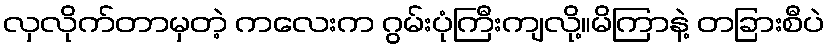
လှလိုက်တာမှတဲ့ ကလေးက ဂွမ်းပုံကြီးကျလို့။မိကြာနဲ့ တခြားစီပဲ